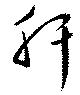
肝